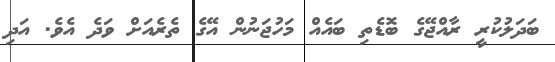
ބަދަލުކުރީ ރާއްޖޭގެ ބޮޑެތި ބައެއް މަހުޖަނުން އޭގެ ތެރެއަށް ވަދެ އެވެ. އަދި